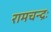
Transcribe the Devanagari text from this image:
रामचन्द्रः